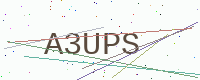
Text: A3UPS